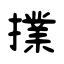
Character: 擈